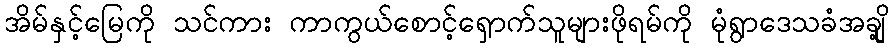
အိမ်နှင့်မြေကို သင်ကား ကာကွယ်စောင့်ရှောက်သူများဖိုရမ်ကို မုံရွာဒေသခံအချို့